Annual report of the Civil Veterinary Department, Bengal, for the year 1897-98 - 1897-1898
Year: 1897
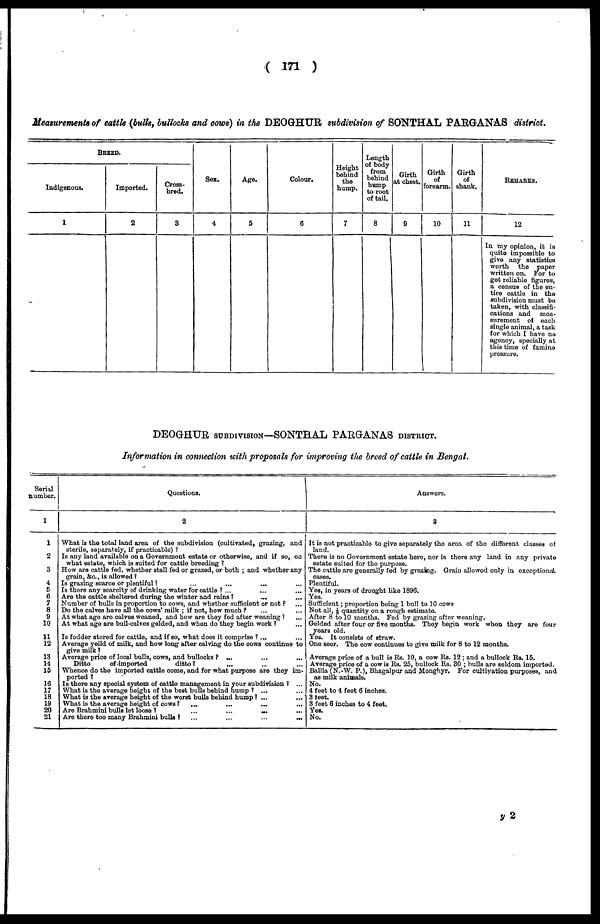
( 171 )
Measurements of cattle (bulls, bullocks and cows) in the DEOGHUR subdivision of SONTHAL PARGANAS district.
BREED.
Indigenous.
1
Imported.
2
Cross-
bred.
3
Sex.
4
Age.
5
Colour.
6
Height
behind
the
hump.
7
Length
or body
from
behind
hump
to root
of tail.
8
Girth
at chest.
9
Girth
of
forearm.
10
Girth
of
shank,
11
Remarks.
12
In my opinion, it is
quite impossible to
give any statistics
worth
the
paper
written on. For to
get reliable figures,
a census of the en-
tire cattle in the
subdivision must bo
taken, with classifi-
cations and
mea-
surement of each
single animal, a task
for which I have no
agency, specially at
this time of famine
pressure.
DEOGHUR SUBDIVISION—SONTRAL PARGANAS DISTRICT.
Information in connection with proposals for improving the breed of cattle in Bengal.
Serial
number.
1
1
2
3
4
5
6
7
8
9
10
11
12
13
14
16
16
17
18
19
20
21
Questions.
2
What is the total land area of the subdivision (cultivated, grazing, and
sterile, separately, if practicable) ?
Is any land available on a Government estate or otherwise, and if so, on
what estate, which is suited for cattle breeding ?
How are cattle fed, whether stall fed or grazed, or both ; and whether any
grain, &c., is allowed!
Is grazing scarce or plentiful ?
...
...
...
Is there any scarcity of drinking water for cattle ? ...
Are the cattle sheltered during the winter and rains ? ... ... ...
Number of bulls in proportion to cows, and whether sufficient or not ? ...
Do the calves have all the cows' milk ; if not, how much ? ... ...
At what age are calves weaned, and how are they fed after weaning 1
At what age are bull-calves gelded, and when do they begin work ? ...
Is fodder stored for cattle, and if so, what does it comprise ? ... ...
Average yeild of milk, and how long after calving do the cows continue to
give milk ?
Average price of local bulls, cows, and bullocks ? ... ... ...
Ditto
of imported
ditto?
Whence do the imported cattle come, and for what purpose are they im-
ported ?
Is there any special system of cattle management in your subdivision 1 ...
What is the average height of the best bulls behind hump ? ...
What is the average height of the worst bulls behind hump? ... ...
What is the average height of cows ? ... ...
Are Brahmini bulls let loose ?
...
...
...
...
Are there too many Brahmini bulls ? ...
...
...
...
...
Answers.
3
It is not practicable to give separately the area of the different classes of
land.
There is no Government estate hero, nor is thore any land in any private
estate suited for the purpose.
The cattle are generally fed by grazing. Grain allowed only in exceptional
cases.
Plentiful.
Yes, in years of drought like 1896.
Yes.
Sufficient; proportion being 1 bull to 10 cows
Not all, 1/8 quantity on a rough estimate
After 8 to 10 months. Fed by grazing after weaning.
Gelded after four or five months. They begin work when they are four
years old.
Yes. It consists of straw.
One seer. The cow continues to give milk for 8 to 12 months.
Average price of a bull is Rs. 10, a cow Rs. 12 ; and a bullock Rs. 15.
Average price of a cow is Rs. 25, bullock Rs. 30 ; bulls are seldom imported.
Ballia (N.-W. P.), Bhagalpur and Monghyr. For cultivation purposes, and
as milk animals.
No.
4 feet to 4 feet 6 inches.
3 feet.
3 feet 6 inches to 4 feet.
Yes.
No.
y 2